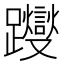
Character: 躞